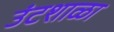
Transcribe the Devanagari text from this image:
उंटशाळा